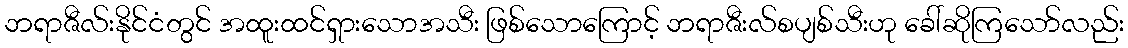
ဘရာဇီလ်းနိုင်ငံတွင် အထူးထင်ရှားသောအသီး ဖြစ်သောကြောင့် ဘရာဇီးလ်စပျစ်သီးဟု ခေါ်ဆိုကြသော်လည်း